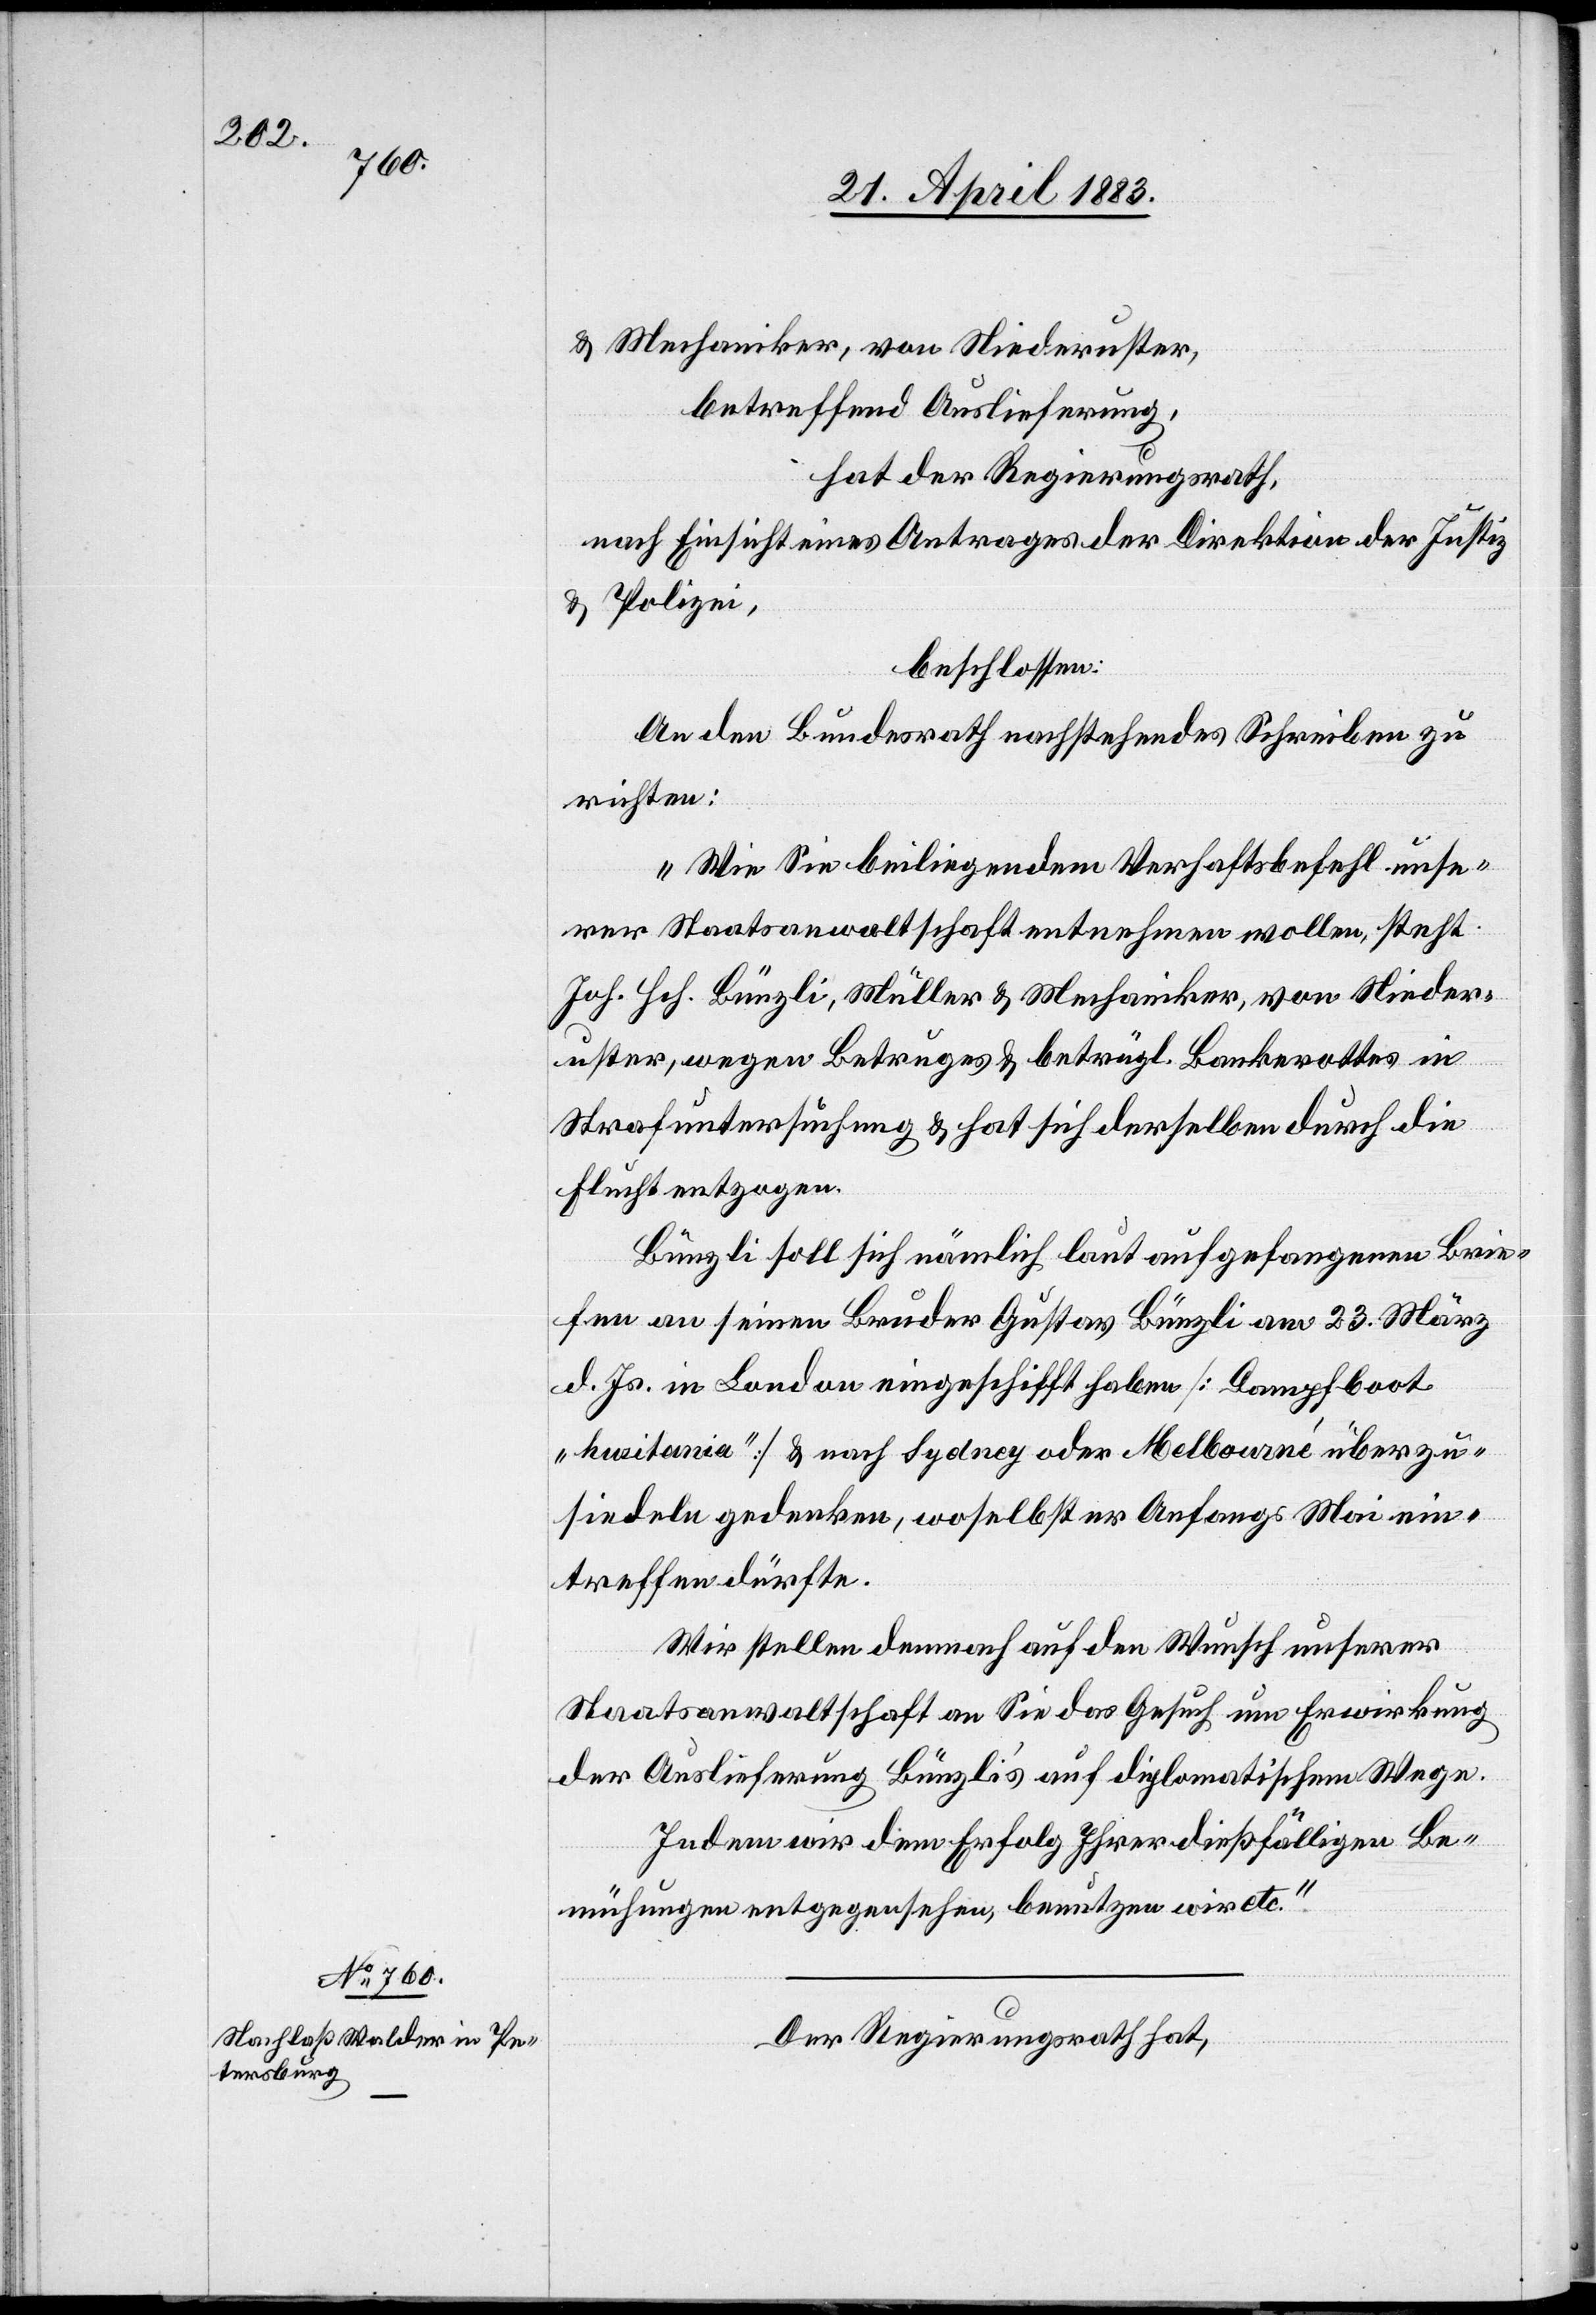
23. April 1883.]
& Mechaniker, von Niederuster,
betreffend Auslieferung,
hat der Regierungsrath,
nach Einsicht eines Antrages der Direktion der Justiz
& Polizei,
beschlossen:
An den Bundesrath nachstehendes Schreiben zu
richten:
„Wie Sie beiliegendem Verhaftsbefehl unse¬
rer Staatsanwaltschaft entnehmen wollen, steht
Joh. Hch. Bünzli, Müller & Mechaniker, von Nieder¬
uster, wegen Betruges & betrügl. Bankerottes in
Strafuntersuchung & hat sich derselben durch die
Flucht entzogen.
Bünzli soll sich nämlich laut aufgefangenen Brie¬
fen an seinen Bruder Gustav Bünzli am 23. März
d. Js. in London eingeschifft haben [Dampfboot
britania]“ & nach Sydney oder Melbourné [sic!] überzu¬
siedeln gedenken, woselbst er Anfangs Mai ein¬
treffen dürfte.
Wir stellen demnach auf den Wunsch unserer
Staatsanwaltschaft an Sie das Gesuch um Erwirkung
der Auslieferung Bünzli’s auf diplomatischem Wege.
Indem wir dem Erfolg Ihrer dießfälligen Be¬
mühungen entgegensehen, benutzten wir etc.“
Der Regierungsrath hat,